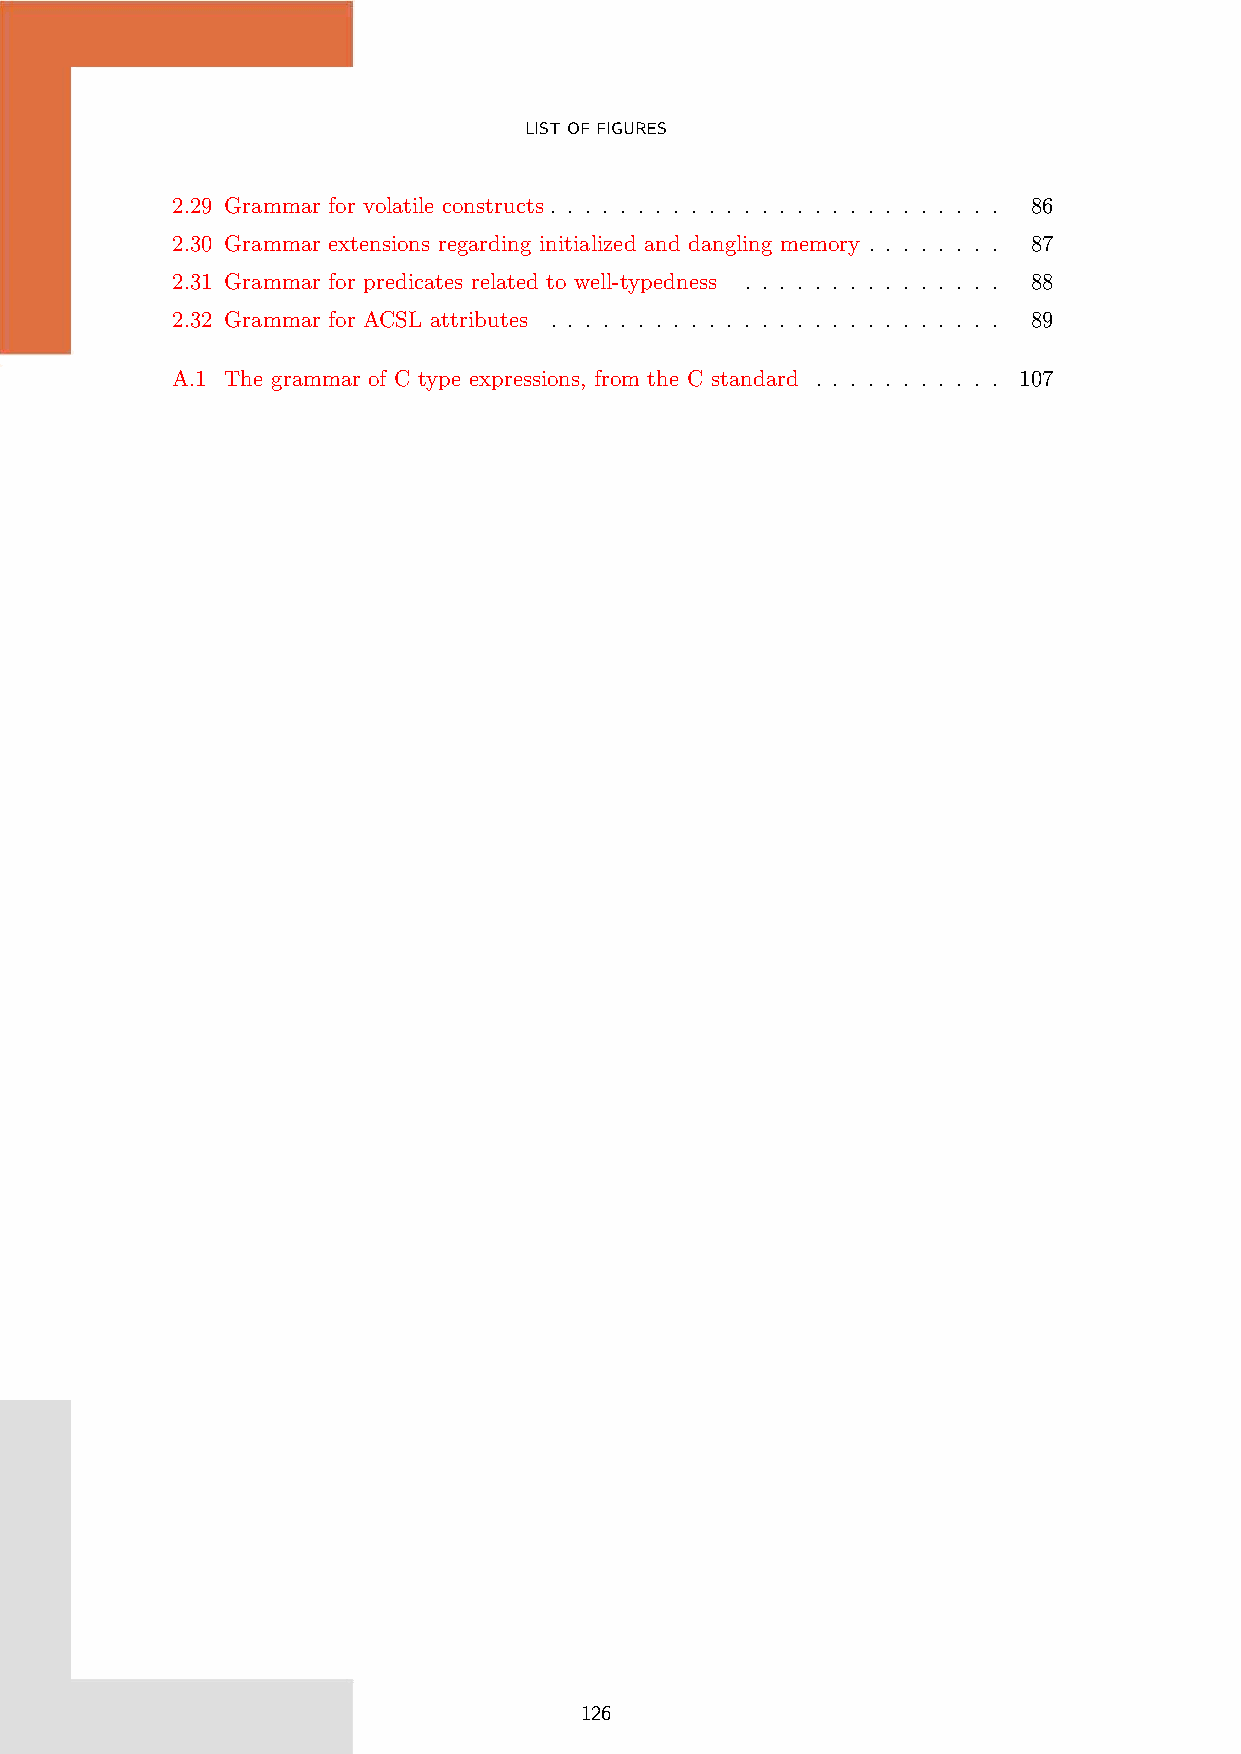
LISTOFFIGURES
 2.29 Grammar for volatile constructs . . . . . . . . . . . . . . . . . . . . . . . . . . 86
 2.30 Grammar extensions regarding initialized and dangling memory . . . . . . . . 87
 2.31 Grammar for predicates related to well-typedness . . . . . . . . . . . . . . . 88
 2.32 Grammar for ACSL attributes . . . . . . . . . . . . . . . . . . . . . . . . . . 89
 A.1 The grammar of C type expressions, from the C standard . . . . . . . . . . . 107
 126